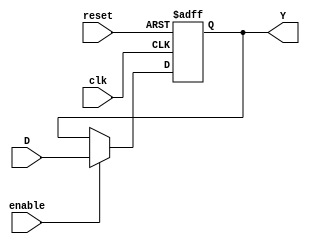
//Jose Luis Alvarez Pineda
//19392
//Seccion 21
//Laboratorio #9 implementacion de un FF tipo JK con un FF tipo D

module Dflop(
  input wire clk,reset,enable,D,
  output reg Y);

  always @ (posedge clk, posedge reset) begin
    if (reset == 1) Y <= 0;
    else if(enable == 1) Y <= D;
    else Y <= Y;
  end

endmodule

module JKflop(
    input wire clk,reset,enable,J,K,
    output wire Y);

    wire D;

    Dflop FFD(clk,reset,enable,D,Y);

    assign D = (~K & Y) | (J & ~Y);

endmodule